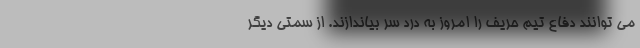
می توانند دفاع تیم حریف را امروز به درد سر بیاندازند. از سمتی دیگر